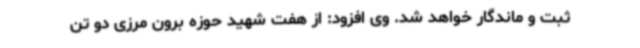
ثبت و ماندگار خواهد شد. وی افزود: از هفت شهید حوزه برون مرزی دو تن